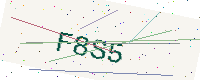
Text: F8S5